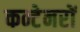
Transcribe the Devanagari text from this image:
कन्टेनरों